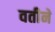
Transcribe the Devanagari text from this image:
वतीनें